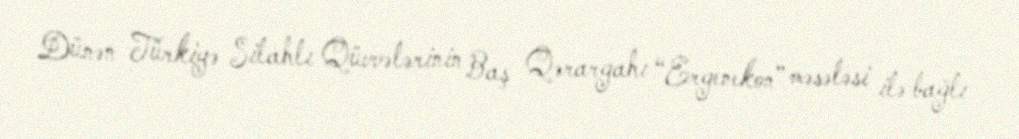
Dünən Türkiyə Silahlı Qüvvələrinin Baş Qərargahı “Ergenekon” məsələsi ilə bağlı